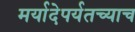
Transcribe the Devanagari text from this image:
मर्यादेपर्यतच्याच